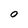
Character: O